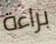
براءة